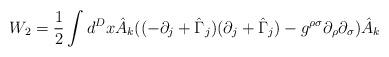
LaTeX: \begin{align*}W_{2} =\frac{1}{2}\int d^{D}x\hat{A}_{k}((-\partial_{j}+\hat{\Gamma}_{j})(\partial_{j}+\hat{\Gamma}_{j})-g^{\rho\sigma}\partial_{\rho}\partial_{\sigma})\hat{A}_{k}\end{align*}